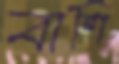
বাশি